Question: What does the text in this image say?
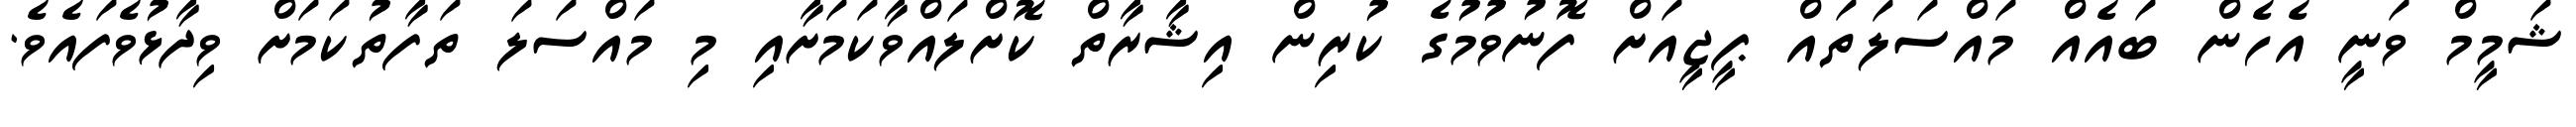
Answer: ޝަމީމް ވަނީ އެހެން ބައެއް މައްސަލަތައް ޕީޖީއަށް ފޮނުވުމުގެ ކުރިން އިޝާރާތް ކޮށްލައްވާކަމަށާއި މި މައްސަލަ ތަފާތުކަމަށް ވިދާޅުވެފައެވެ.